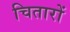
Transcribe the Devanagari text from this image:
चितारों